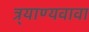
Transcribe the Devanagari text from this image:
त्र्याण्यवावा